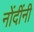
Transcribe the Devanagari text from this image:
नोंदींनी